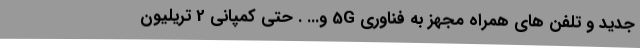
جدید و تلفن های همراه مجهز به فناوری 5G و... . حتی کمپانی 2 تریلیون